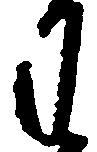
わ